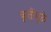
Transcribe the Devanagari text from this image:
कृतींमुळे